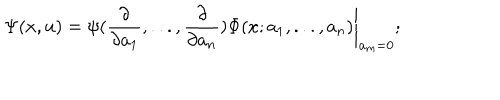
\Psi ( x , u ) = \left. \psi ( \frac { \partial } { \partial a _ { 1 } } , . . . , \frac { \partial } { \partial a _ { n } } ) \Phi ( x ; a _ { 1 } , . . . , a _ { n } ) \right| _ { a _ { m } = 0 } ;